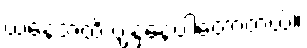
ယနေ့အထိ ပျံ့နှံ့နေပါတော့တယ်။